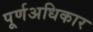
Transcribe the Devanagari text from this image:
पूर्णअधिकार